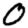
Digit: 0